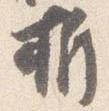
折